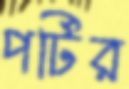
পর্টির